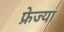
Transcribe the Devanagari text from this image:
फ्रेज्या